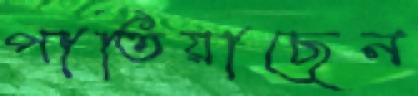
পাতিয়াছেন